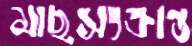
মাছসংক্রান্ত